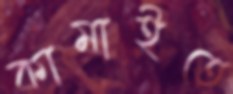
কামাইতে